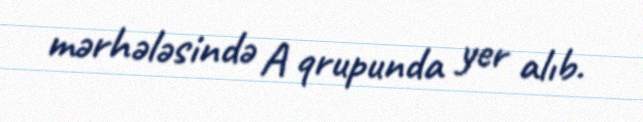
mərhələsində A qrupunda yer alıb.